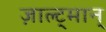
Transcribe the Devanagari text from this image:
ज़ाल्ट्मान्